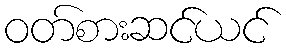
ဝတ်စားဆင်ယင်